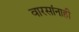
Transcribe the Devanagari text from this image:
वारसांनाही